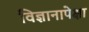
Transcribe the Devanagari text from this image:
विज्ञानापेक्षा